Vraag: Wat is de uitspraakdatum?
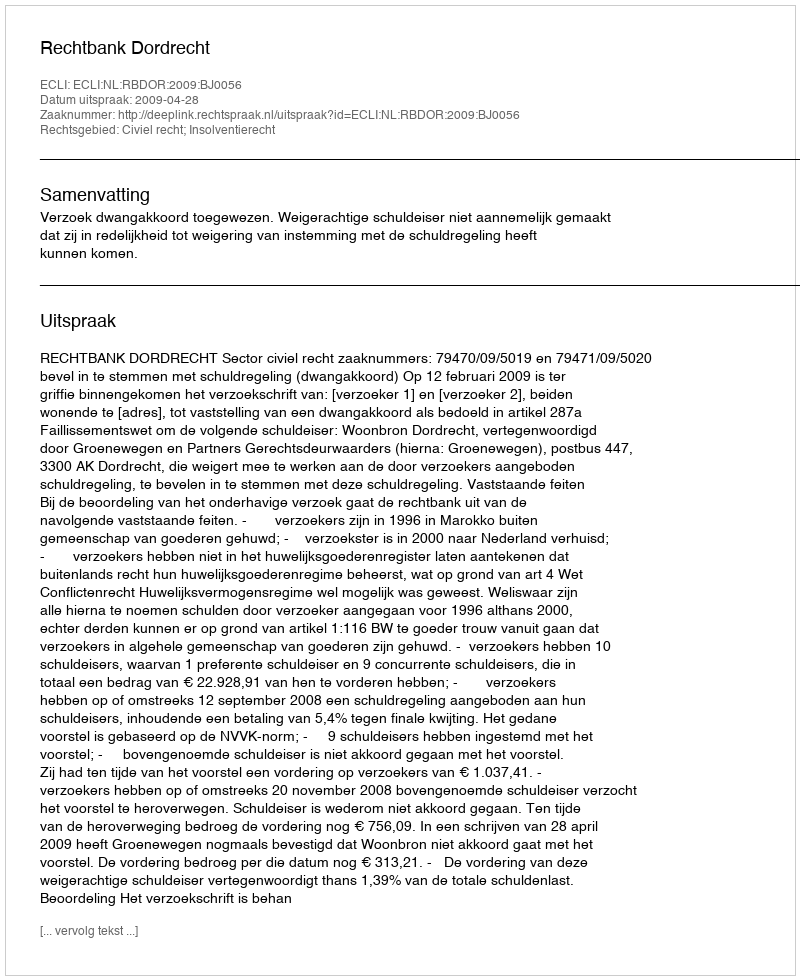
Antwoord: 2009-04-28